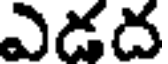
ఎడద